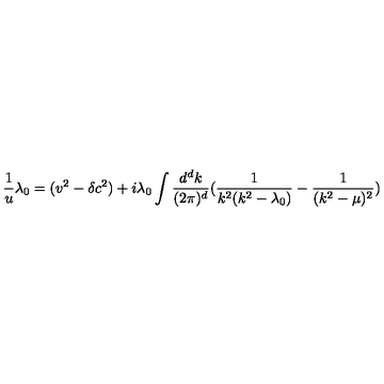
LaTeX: \frac { 1 } { u } \lambda _ { 0 } = ( v ^ { 2 } - \delta c ^ { 2 } ) + i \lambda _ { 0 } \int \frac { d ^ { d } k } { ( 2 \pi ) ^ { d } } ( \frac { 1 } { k ^ { 2 } ( k ^ { 2 } - \lambda _ { 0 } ) } - \frac { 1 } { ( k ^ { 2 } - \mu ) ^ { 2 } } )